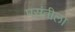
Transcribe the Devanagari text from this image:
पसंतीला